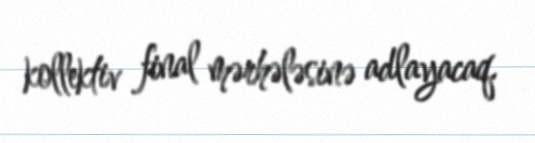
kollektiv final mərhələsinə adlayacaq.